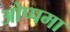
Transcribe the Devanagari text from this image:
ओप्पमा